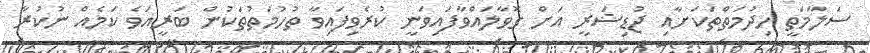
ސަލާމަތީ ހިދުމަތްތަކަށާއި ޖުޑިޝަރީ އަށް ގޮވާލައްވާފައިވަނީ ކުރެވިފައިވާ ތުހުމަތުތަކުން ބަރީއަވެ ކަމެއް ނުކުރާ